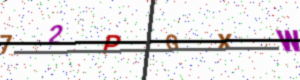
Text: 72PGXW